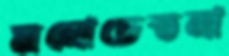
মনোচেতনা